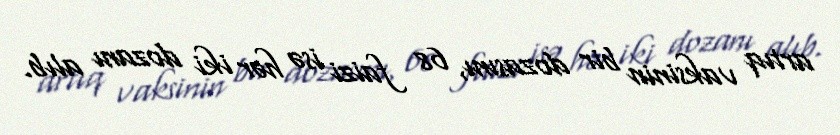
artıq vaksinin bir dozasını, 68 faizi isə hər iki dozanı alıb.